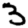
Digit: 3